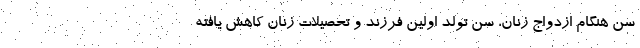
سن هنگام ازدواج زنان، سن تولد اولین فرزند و تحصیلات زنان کاهش یافته